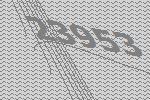
23953